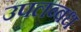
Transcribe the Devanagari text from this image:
उपलब्बध